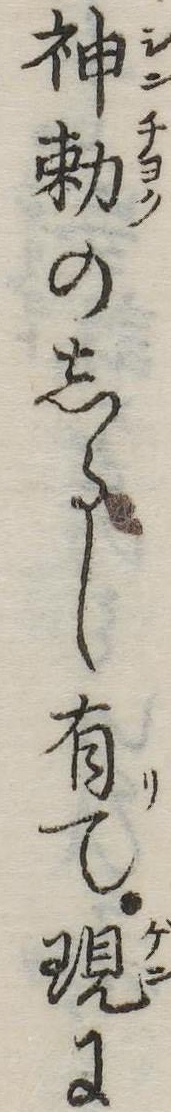
神勅のしるし有て現に